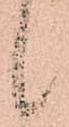
候